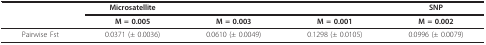
<table><thead><tr><td></td><td><b>Microsatellite</b></td><td></td><td></td><td><b>SNP</b></td></tr><tr><td></td><td><b>M = 0.005</b></td><td><b>M = 0.003</b></td><td><b>M = 0.001</b></td><td><b>M = 0.002</b></td></tr></thead><tbody><tr><td>Pairwise Fst</td><td>0.0371 (± 0.0036)</td><td>0.0610 (± 0.0049)</td><td>0.1298 (± 0.0105)</td><td>0.0996 (± 0.0079)</td></tr></tbody></table>